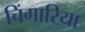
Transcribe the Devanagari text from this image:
चिंगारिया